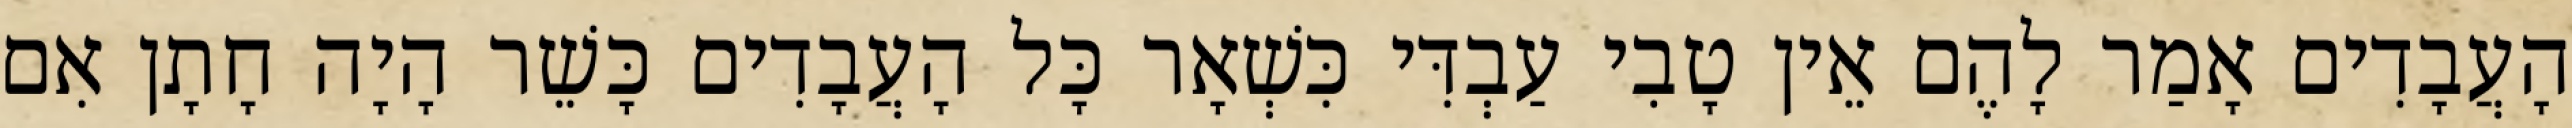
הָעֲבָדִים אָמַר לָהֶם אֵין טָבִי עַבְדִּי כִּשְׁאָר כָּל הָעֲבָדִים כָּשֵׁר הָיָה חָתָן אִם